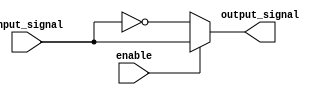
module active_low_buffer(
    input wire input_signal,
    input wire enable,
    output reg output_signal
);

always @(*) begin
    if (enable == 0) begin
        output_signal = ~input_signal;
    end else begin
        output_signal = input_signal;
    end
end

endmodule